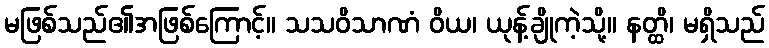
မဖြစ်သည်၏အဖြစ်ကြောင့်။ သသဝိသာဏံ ဝိယ၊ ယုန့်ချိုကဲ့သို့။ နတ္ထိ၊ မရှိသည်